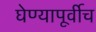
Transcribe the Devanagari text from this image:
घेण्यापूर्वीच